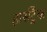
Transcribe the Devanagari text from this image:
हार्सट्रैक